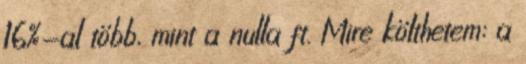
16%-al több, mint a nulla ft. Mire költhetem: a